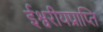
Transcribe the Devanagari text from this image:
ईश्वरीयप्राप्ति